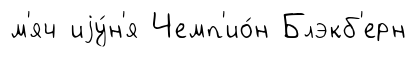
м'яч иjу́н'я Чемп'ио́н Блэкб'ерн